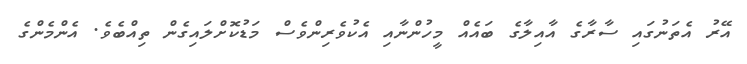
އޭރު އެތަނުގައި ސާރާގެ އާއިލާގެ ބައެއް މީހުންނާއި އެކުވެރިންވެސް މަޑުކޮށްލައިގެން ތިއްބެވެ. އެންމެންގެ